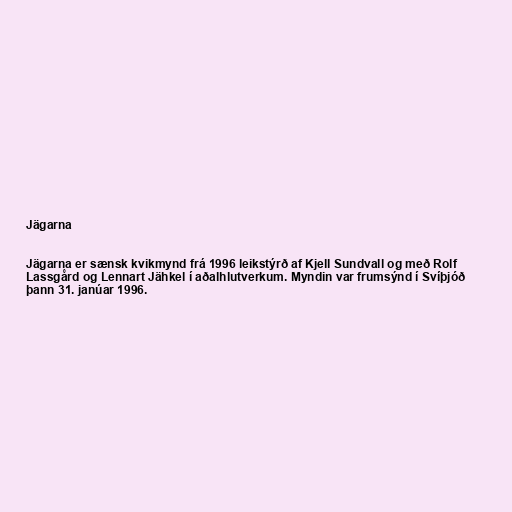
Jägarna

Jägarna er sænsk kvikmynd frá 1996 leikstýrð af Kjell Sundvall og með Rolf
Lassgård og Lennart Jähkel í aðalhlutverkum. Myndin var frumsýnd í Svíþjóð
þann 31. janúar 1996.